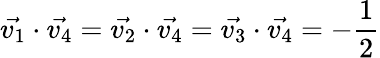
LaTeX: \vec{v_{1}}\cdot\vec{v_{4}}=\vec{v_{2}}\cdot\vec{v_{4}}=\vec{v_{3}}\cdot\vec{v_{4}}=-\frac{1}{2}